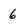
Character: 6